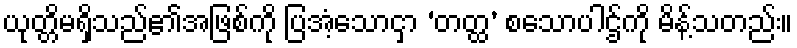
ယုတ္တိမရှိသည်၏အဖြစ်ကို ပြအံ့သောငှာ ‘တတ္ထ’ စသောပါဌ်ကို မိန့်သတည်း။